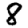
Digit: 8